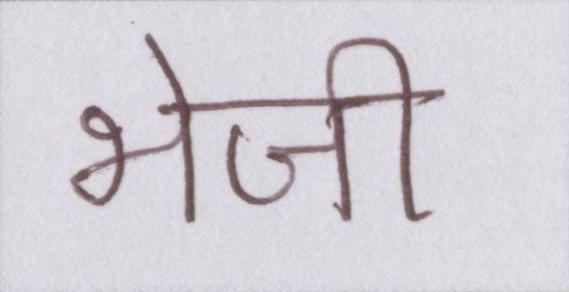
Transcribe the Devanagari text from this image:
भेजी